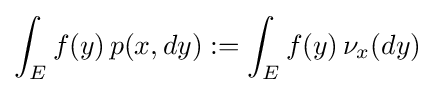
\int _{E}f(y)\,p(x,dy):=\int _{E}f(y)\,\nu _{x}(dy)